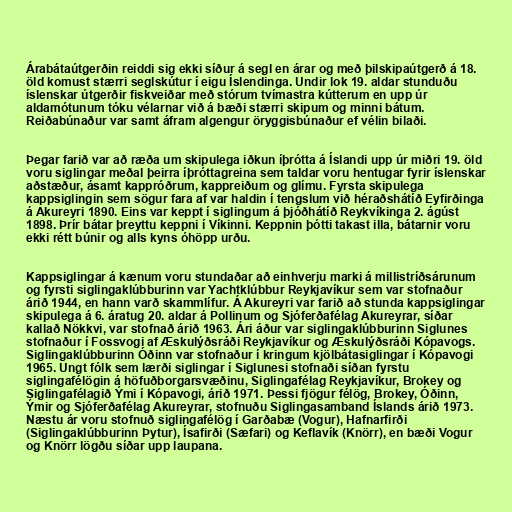
Árabátaútgerðin reiddi sig ekki síður á segl en árar og með þilskipaútgerð á 18.
öld komust stærri seglskútur í eigu Íslendinga. Undir lok 19. aldar stunduðu
íslenskar útgerðir fiskveiðar með stórum tvímastra kútterum en upp úr
aldamótunum tóku vélarnar við á bæði stærri skipum og minni bátum.
Reiðabúnaður var samt áfram algengur öryggisbúnaður ef vélin bilaði.

Þegar farið var að ræða um skipulega iðkun íþrótta á Íslandi upp úr miðri 19. öld
voru siglingar meðal þeirra íþróttagreina sem taldar voru hentugar fyrir íslenskar
aðstæður, ásamt kappróðrum, kappreiðum og glímu. Fyrsta skipulega
kappsiglingin sem sögur fara af var haldin í tengslum við héraðshátíð Eyfirðinga
á Akureyri 1890. Eins var keppt í siglingum á þjóðhátíð Reykvíkinga 2. ágúst
1898. Þrír bátar þreyttu keppni í Víkinni. Keppnin þótti takast illa, bátarnir voru
ekki rétt búnir og alls kyns óhöpp urðu.

Kappsiglingar á kænum voru stundaðar að einhverju marki á millistríðsárunum
og fyrsti siglingaklúbburinn var Yachtklúbbur Reykjavíkur sem var stofnaður
árið 1944, en hann varð skammlífur. Á Akureyri var farið að stunda kappsiglingar
skipulega á 6. áratug 20. aldar á Pollinum og Sjóferðafélag Akureyrar, síðar
kallað Nökkvi, var stofnað árið 1963. Ári áður var siglingaklúbburinn Siglunes
stofnaður í Fossvogi af Æskulýðsráði Reykjavíkur og Æskulýðsráði Kópavogs.
Siglingaklúbburinn Óðinn var stofnaður í kringum kjölbátasiglingar í Kópavogi
1965. Ungt fólk sem lærði siglingar í Siglunesi stofnaði síðan fyrstu
siglingafélögin á höfuðborgarsvæðinu, Siglingafélag Reykjavíkur, Brokey og
Siglingafélagið Ými í Kópavogi, árið 1971. Þessi fjögur félög, Brokey, Óðinn,
Ýmir og Sjóferðafélag Akureyrar, stofnuðu Siglingasamband Íslands árið 1973.
Næstu ár voru stofnuð siglingafélög í Garðabæ (Vogur), Hafnarfirði
(Siglingaklúbburinn Þytur), Ísafirði (Sæfari) og Keflavík (Knörr), en bæði Vogur
og Knörr lögðu síðar upp laupana.